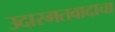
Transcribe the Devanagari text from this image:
उदारमतवादाचा